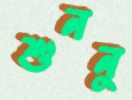
শুননু